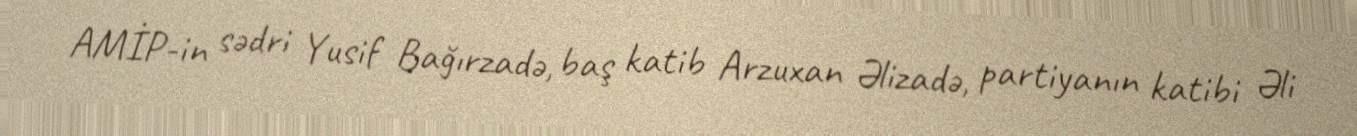
AMİP-in sədri Yusif Bağırzadə, baş katib Arzuxan Əlizadə, partiyanın katibi Əli